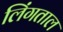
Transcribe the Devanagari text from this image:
लिंगताल